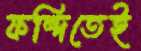
ফন্দিতেই